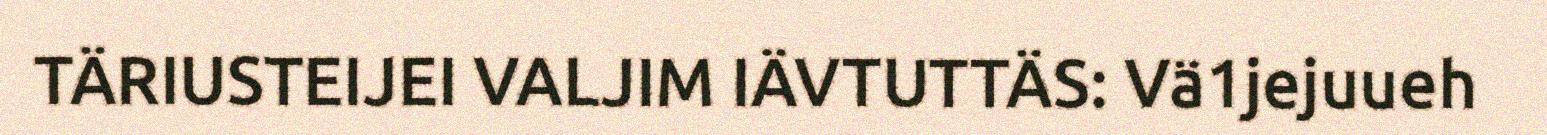
TÄRIUSTEIJEI VALJIM IÄVTUTTÄS: Vä1jejuueh